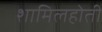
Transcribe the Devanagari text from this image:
शामिलहोती